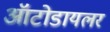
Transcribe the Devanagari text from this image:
ऑटोडायलर